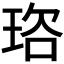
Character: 𭹒